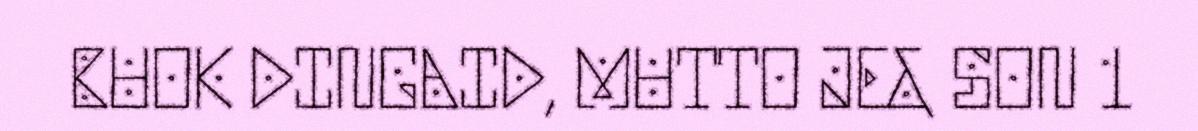
BUOK DINGAID, MUTTO JE& SON 1